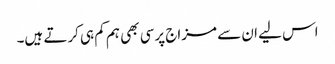
اس لیے ان سے مزاج پرسی بھی ہم کم ہی کرتے ہیں۔